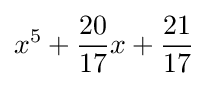
x^{5}+{\frac {20}{17}}x+{\frac {21}{17}}